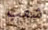
شعب